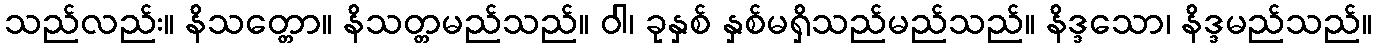
သည်လည်း။ နိသတ္တော။ နိသတ္တမည်သည်။ ဝါ၊ ခုနှစ် နှစ်မရှိသည်မည်သည်။ နိဒ္ဒသော၊ နိဒ္ဒမည်သည်။